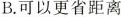
B.可以更省距离